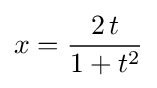
x={\frac {2\,t}{1+t^{2}}}